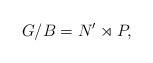
LaTeX: \begin{align*}G/B = N' \rtimes P,\end{align*}